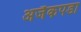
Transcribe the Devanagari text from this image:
अजैकपडा